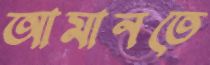
আমানতে